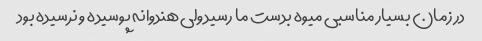
در زمان بسیار مناسبی میوه بدست ما رسید ولی هندوانه پوسیده و نرسیده بود